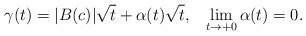
LaTeX: \begin{align*}\gamma(t)=|B(c)|\sqrt t+\alpha(t)\sqrt t,\;\;\;\lim_{t\to+0}\alpha(t)=0. \end{align*}